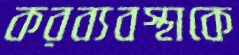
করব্যবস্থাকে